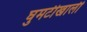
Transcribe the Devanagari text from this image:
घुमटीखाली